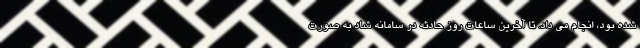
شده بود، انجام می داد. تا آخرین ساعات روز حادثه در سامانه شاد به صورت